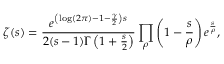
\zeta ( s ) = { \frac { e ^ { \left( \log ( 2 \pi ) - 1 - { \frac { \gamma } { 2 } } \right) s } } { 2 ( s - 1 ) \Gamma \left( 1 + { \frac { s } { 2 } } \right) } } \prod _ { \rho } \left( 1 - { \frac { s } { \rho } } \right) e ^ { \frac { s } { \rho } } ,